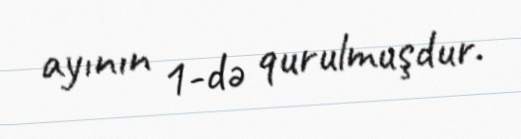
ayının 1-də qurulmuşdur.